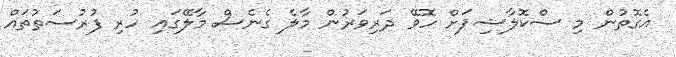
އެގޮތުން މި ސްކޮލާޝިޕަށް ހޮވޭ ދަރިވަރުން މާލެ ގެނެސް މާލޭގައި ހުރި ފުރުސަތުތައް